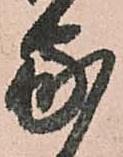
家